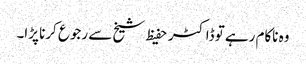
وہ ناکام رہے تو ڈاکٹر حفیظ شیخ سے رجوع کرنا پڑا۔